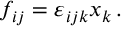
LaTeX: f _ { i j } = \varepsilon _ { i j k } x _ { k } \, .